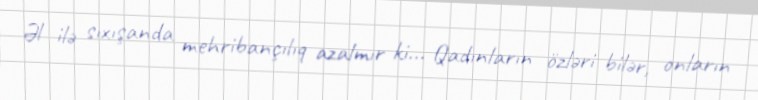
Əl ilə sıxışanda mehribançılıq azalmır ki... Qadınların özləri bilər, onların